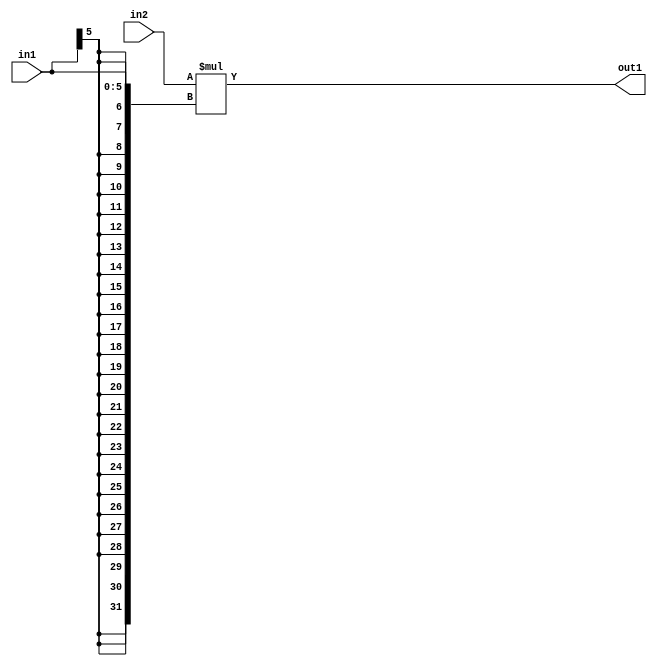
`timescale 1ps / 1ps
/*****************************************************************************
    Verilog RTL Description
    
    
    Created by: Stratus DpOpt 21.05.01 
*******************************************************************************/

module SobelFilter_Mul_32Sx6S_32S_1 (
	in2,
	in1,
	out1
	); /* architecture "behavioural" */ 
input [31:0] in2;
input [5:0] in1;
output [31:0] out1;
wire [31:0] asc001;

assign asc001 = 
	+(in2 * {{26{in1[5]}}, in1});

assign out1 = asc001;
endmodule

/* CADENCE  ubPySgo= : u9/ySxbfrwZIxEzHVQQV8Q== ** DO NOT EDIT THIS LINE ******/